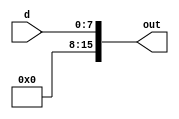
module ZEXT_7_0(input [7:0] d,
                output [15:0] out);
    assign out = {{8{1'b0}}, d};
endmodule